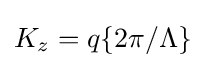
K_{z}=q\{2\pi /\Lambda \}